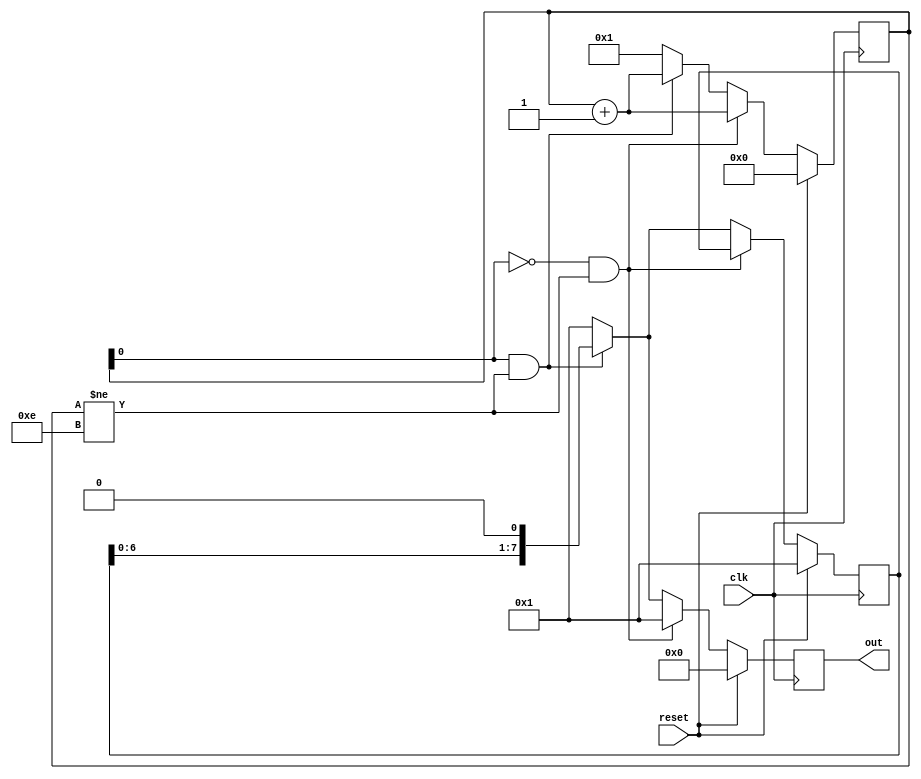
module loop_back(clk,reset,out);
input clk,reset;
output reg [7:0]out;
reg [3:0]count;
reg [7:0]temp;

always@(posedge clk)
begin 

if(reset)
begin
count <= 0;
out <= 0;
temp <= 8'b0000_0001;
end 

else if(count[0] == 0 && count != 4'd14)
begin
out <= 8'b0000_0001;
count <= count +1;
end

else if(count[0] == 1 && count != 4'd14)
begin 
out <= temp <<1;
temp <= temp <<1;
count <= count +1;
end

else 
begin
count <= 1;
temp <= 8'b0000_0001;
out <= 8'b0000_0001;
end 
end
endmodule